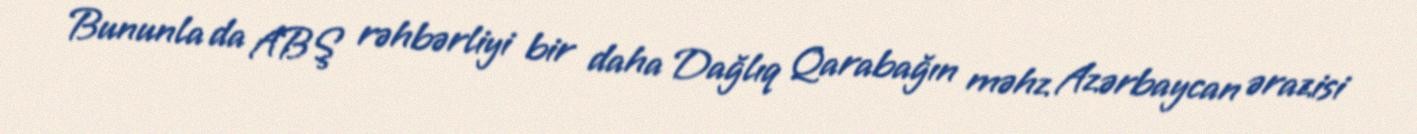
Bununla da ABŞ rəhbərliyi bir daha Dağlıq Qarabağın məhz Azərbaycan ərazisi